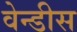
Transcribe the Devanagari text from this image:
वेन्डीस